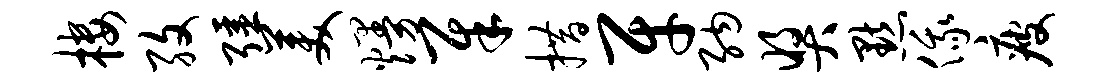
楼孜强美熳犀措牙纳奖默俄疲